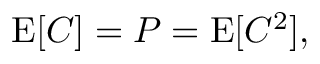
\begin{array} { r } { \operatorname { E } [ C ] = P = \operatorname { E } [ C ^ { 2 } ] , } \end{array}